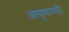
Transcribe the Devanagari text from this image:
आयुष्यासाठी